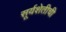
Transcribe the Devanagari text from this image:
सूर्यशेतीची